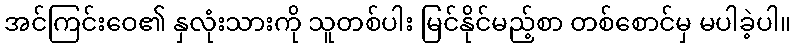
အင်ကြင်းဝေ၏ နှလုံးသားကို သူတစ်ပါး မြင်နိုင်မည့်စာ တစ်စောင်မှ မပါခဲ့ပါ။